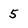
Character: 5